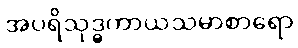
အပရိသုဒ္ဓကာယသမာစာရော